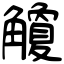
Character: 觼